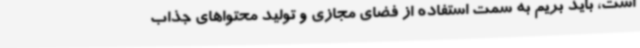
است، باید بریم به سمت استفاده از فضای مجازی و تولید محتواهای جذاب